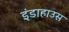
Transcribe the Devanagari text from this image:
इंडाहाउस